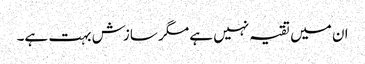
ان میں تقیہ نہیں ہے مگر سازش بہت ہے۔